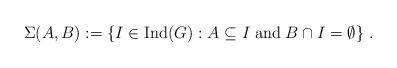
LaTeX: \begin{align*}\Sigma(A,B) := \left\{ I \in \mbox{Ind}(G) : A \subseteq I \phantom{.} \mathrm{and} \phantom{.} B\cap I = \emptyset \right\} \, .\end{align*}